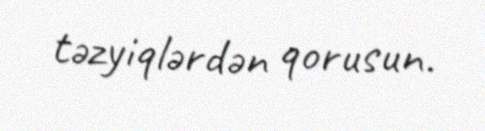
təzyiqlərdən qorusun.